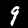
Digit: 9